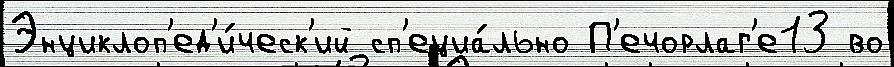
Энциклоп'ед'и́ческ'ий сп'ециа́льно П'ечорлаг'е13 во